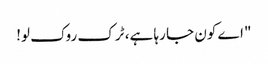
"اے کون جا رہا ہے، ٹرک روک لو!